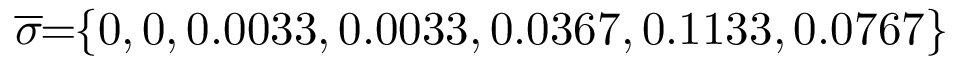
\! \! \overline { { \sigma } } \! \! = \! \! \{ 0 , 0 , 0 . 0 0 3 3 , 0 . 0 0 3 3 , 0 . 0 3 6 7 , 0 . 1 1 3 3 , 0 . 0 7 6 7 \} \! \! \!